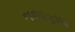
નજાફઘર